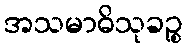
အသမာဓိသုခဉ္စ